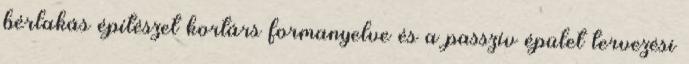
bérlakás építészet kortárs formanyelve és a passzív épület tervezési